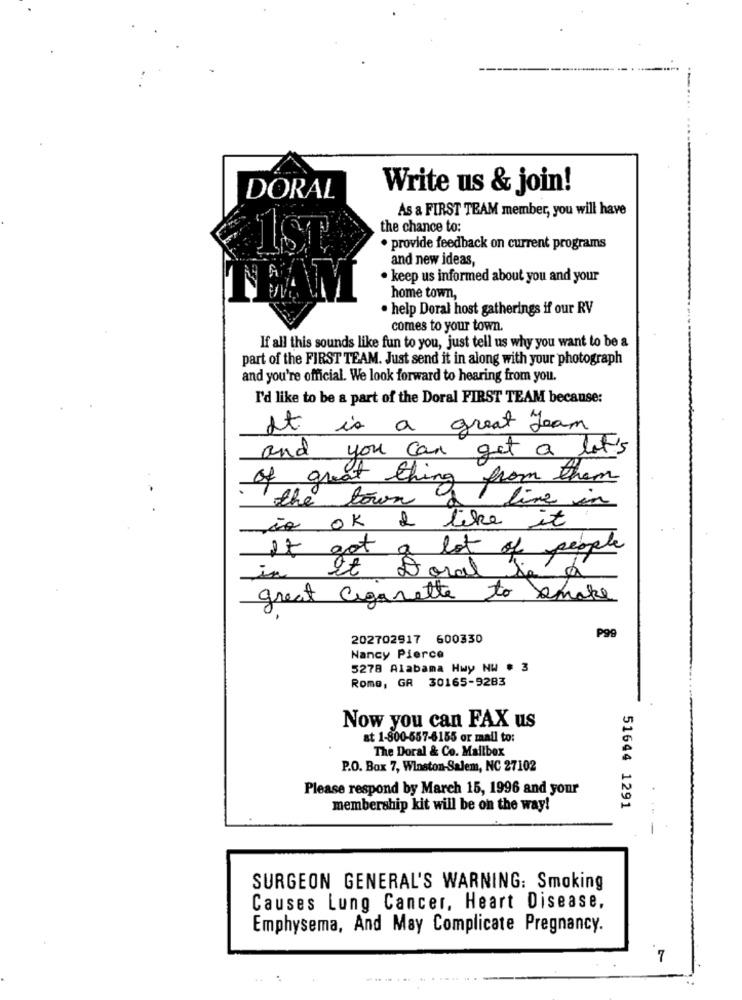
Write us & join!
DORAL
As a FIRST TEAM member, you will have
the chance to:
1st
· provide feedback on current programs
and new ideas,
· keep us informed about you and your
home town,
· help Doral host gatherings if our RV
comes to your town.
If all this sounds like fun to you, just tell us why you want to be a
part of the FIRST TEAM. Just send it in along with your photograph
and you're official. We look forward to hearing from you.
I'd like to be a part of the Doral FIRST TEAM because:
It is a great Team
and you can get a lot's
of great thing
ing from them
the town
line in
is ok & like it
It got a lot of people
in It Doral is
great cigarette to make
P99
202702917 600330
Nancy Pierce
5278 Alabama Hwy NW . 3
Rome, GA 30165-9283
Now you can FAX us
at 1-800-557-6155 or mail to:
The Doral & Co. Mailbox
P.O. Box 7, Winston-Salem, NC 27102
Please respond by March 15, 1996 and your
membership kit will be on the way!
51644 1291
SURGEON GENERAL'S WARNING: Smoking
Causes Lung Cancer, Heart Disease,
Emphysema, And May Complicate Pregnancy.
7